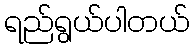
ရည်ရွယ်ပါတယ်